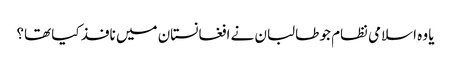
یا وہ اسلامی نظام جو طالبان نے افغانستان میں نافذ کیا تھا؟